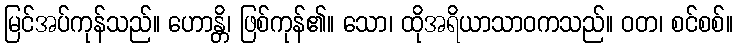
မြင်အပ်ကုန်သည်။ ဟောန္တိ၊ ဖြစ်ကုန်၏။ သော၊ ထိုအရိယာသာဝကသည်။ ဝတ၊ စင်စစ်။